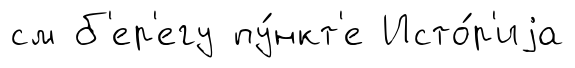
см б'ер'егу пу́нкт'е Исто́р'иjа